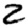
Digit: 2